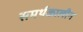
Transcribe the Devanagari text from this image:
समर्थकालीन